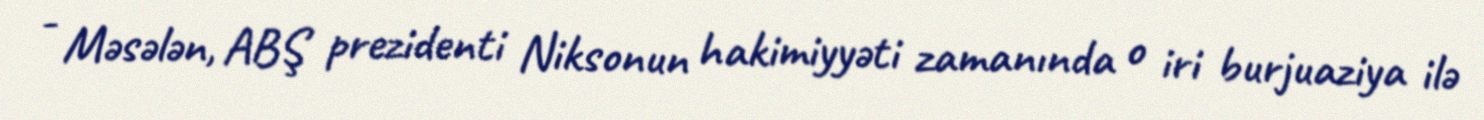
- Məsələn, ABŞ prezidenti Niksonun hakimiyyəti zamanında o iri burjuaziya ilə